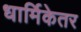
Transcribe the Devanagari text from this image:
धार्मिकेतर